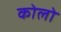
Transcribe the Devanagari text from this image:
कोलो